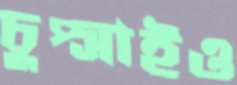
চুপ্‌সাইও